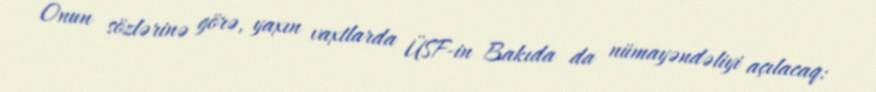
Onun sözlərinə görə, yaxın vaxtlarda ÜSF-in Bakıda da nümayəndəliyi açılacaq: